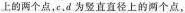
上的两个点，c，d为竖直直径上的两个点，